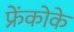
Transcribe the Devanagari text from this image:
फ्रेंकोके